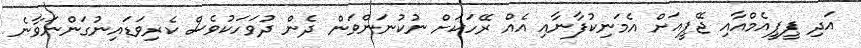
އަދި ޕީޕީއެމްއާއި ޖޭޕީއަށް އެމަނިކުފާނާއި އެއް ރޭހަކަށް ނުކުނަންވަން ދެން ދުވަހަކުވެސް ކެރިވަޑައިނުގަންނަވާނެ